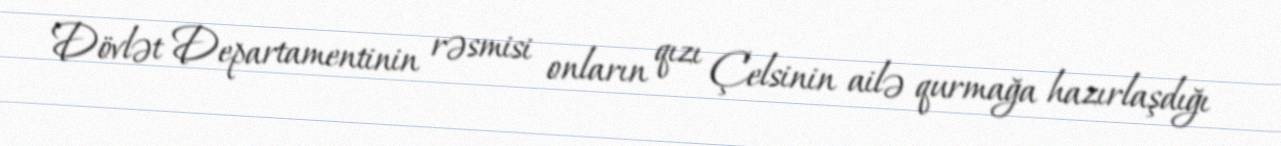
Dövlət Departamentinin rəsmisi onların qızı Çelsinin ailə qurmağa hazırlaşdığı